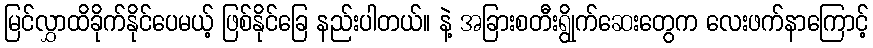
မြင်လွှာထိခိုက်နိုင်ပေမယ့် ဖြစ်နိုင်ခြေ နည်းပါတယ်။ နဲ့ အခြားစတီးရွိုက်ဆေးတွေက လေးဖက်နာကြောင့်